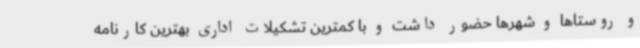
و روستاها و شهرها حضور داشت و با کمترین تشکیلات اداری بهترین کارنامه